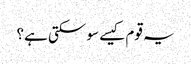
یہ قوم کیسے سو سکتی ہے؟